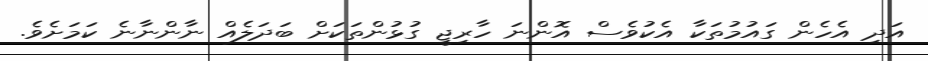
އަދި އެހެން ގައުމުތަކާ އެކުވެސް އޮންނަ ހާރިޖީ ގުޅުންތަކަށް ބަދަލެއް ނާންނާނެ ކަމަށެވެ.